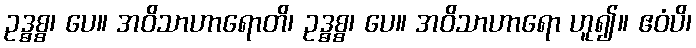
ဥဒ္ဓစ္စ၊ ပေ။ အဝိသာဟာရောတိ၊ ဥဒ္ဓစ္စ၊ ပေ။ အဝိသာဟာရော ဟူ၍။ ဧဝံပိ၊